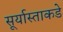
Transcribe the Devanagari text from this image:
सूर्यास्ताकडे